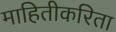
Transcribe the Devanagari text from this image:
माहितीकरिता